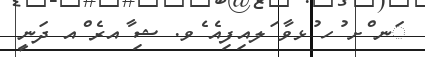
ަނ ްށ ުހ ުޅވާ ަލއިފިއެ ެވ. ޝި ާއރެ ްއ ދަނީ